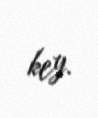
key.